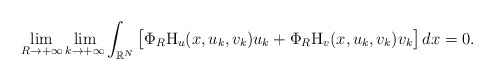
\begin{align*} \lim_{R\to +\infty}\lim_{k \to +\infty} \int_{\mathbb{R}^{N}}\big[\Phi_{R}\mathrm{H}_{u}(x,u_k,v_k)u_k+ \Phi_{R}\mathrm{H}_{v}(x,u_k,v_k)v_k\big]\,dx=0.\end{align*}